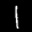
Label: 1